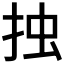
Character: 𢫼